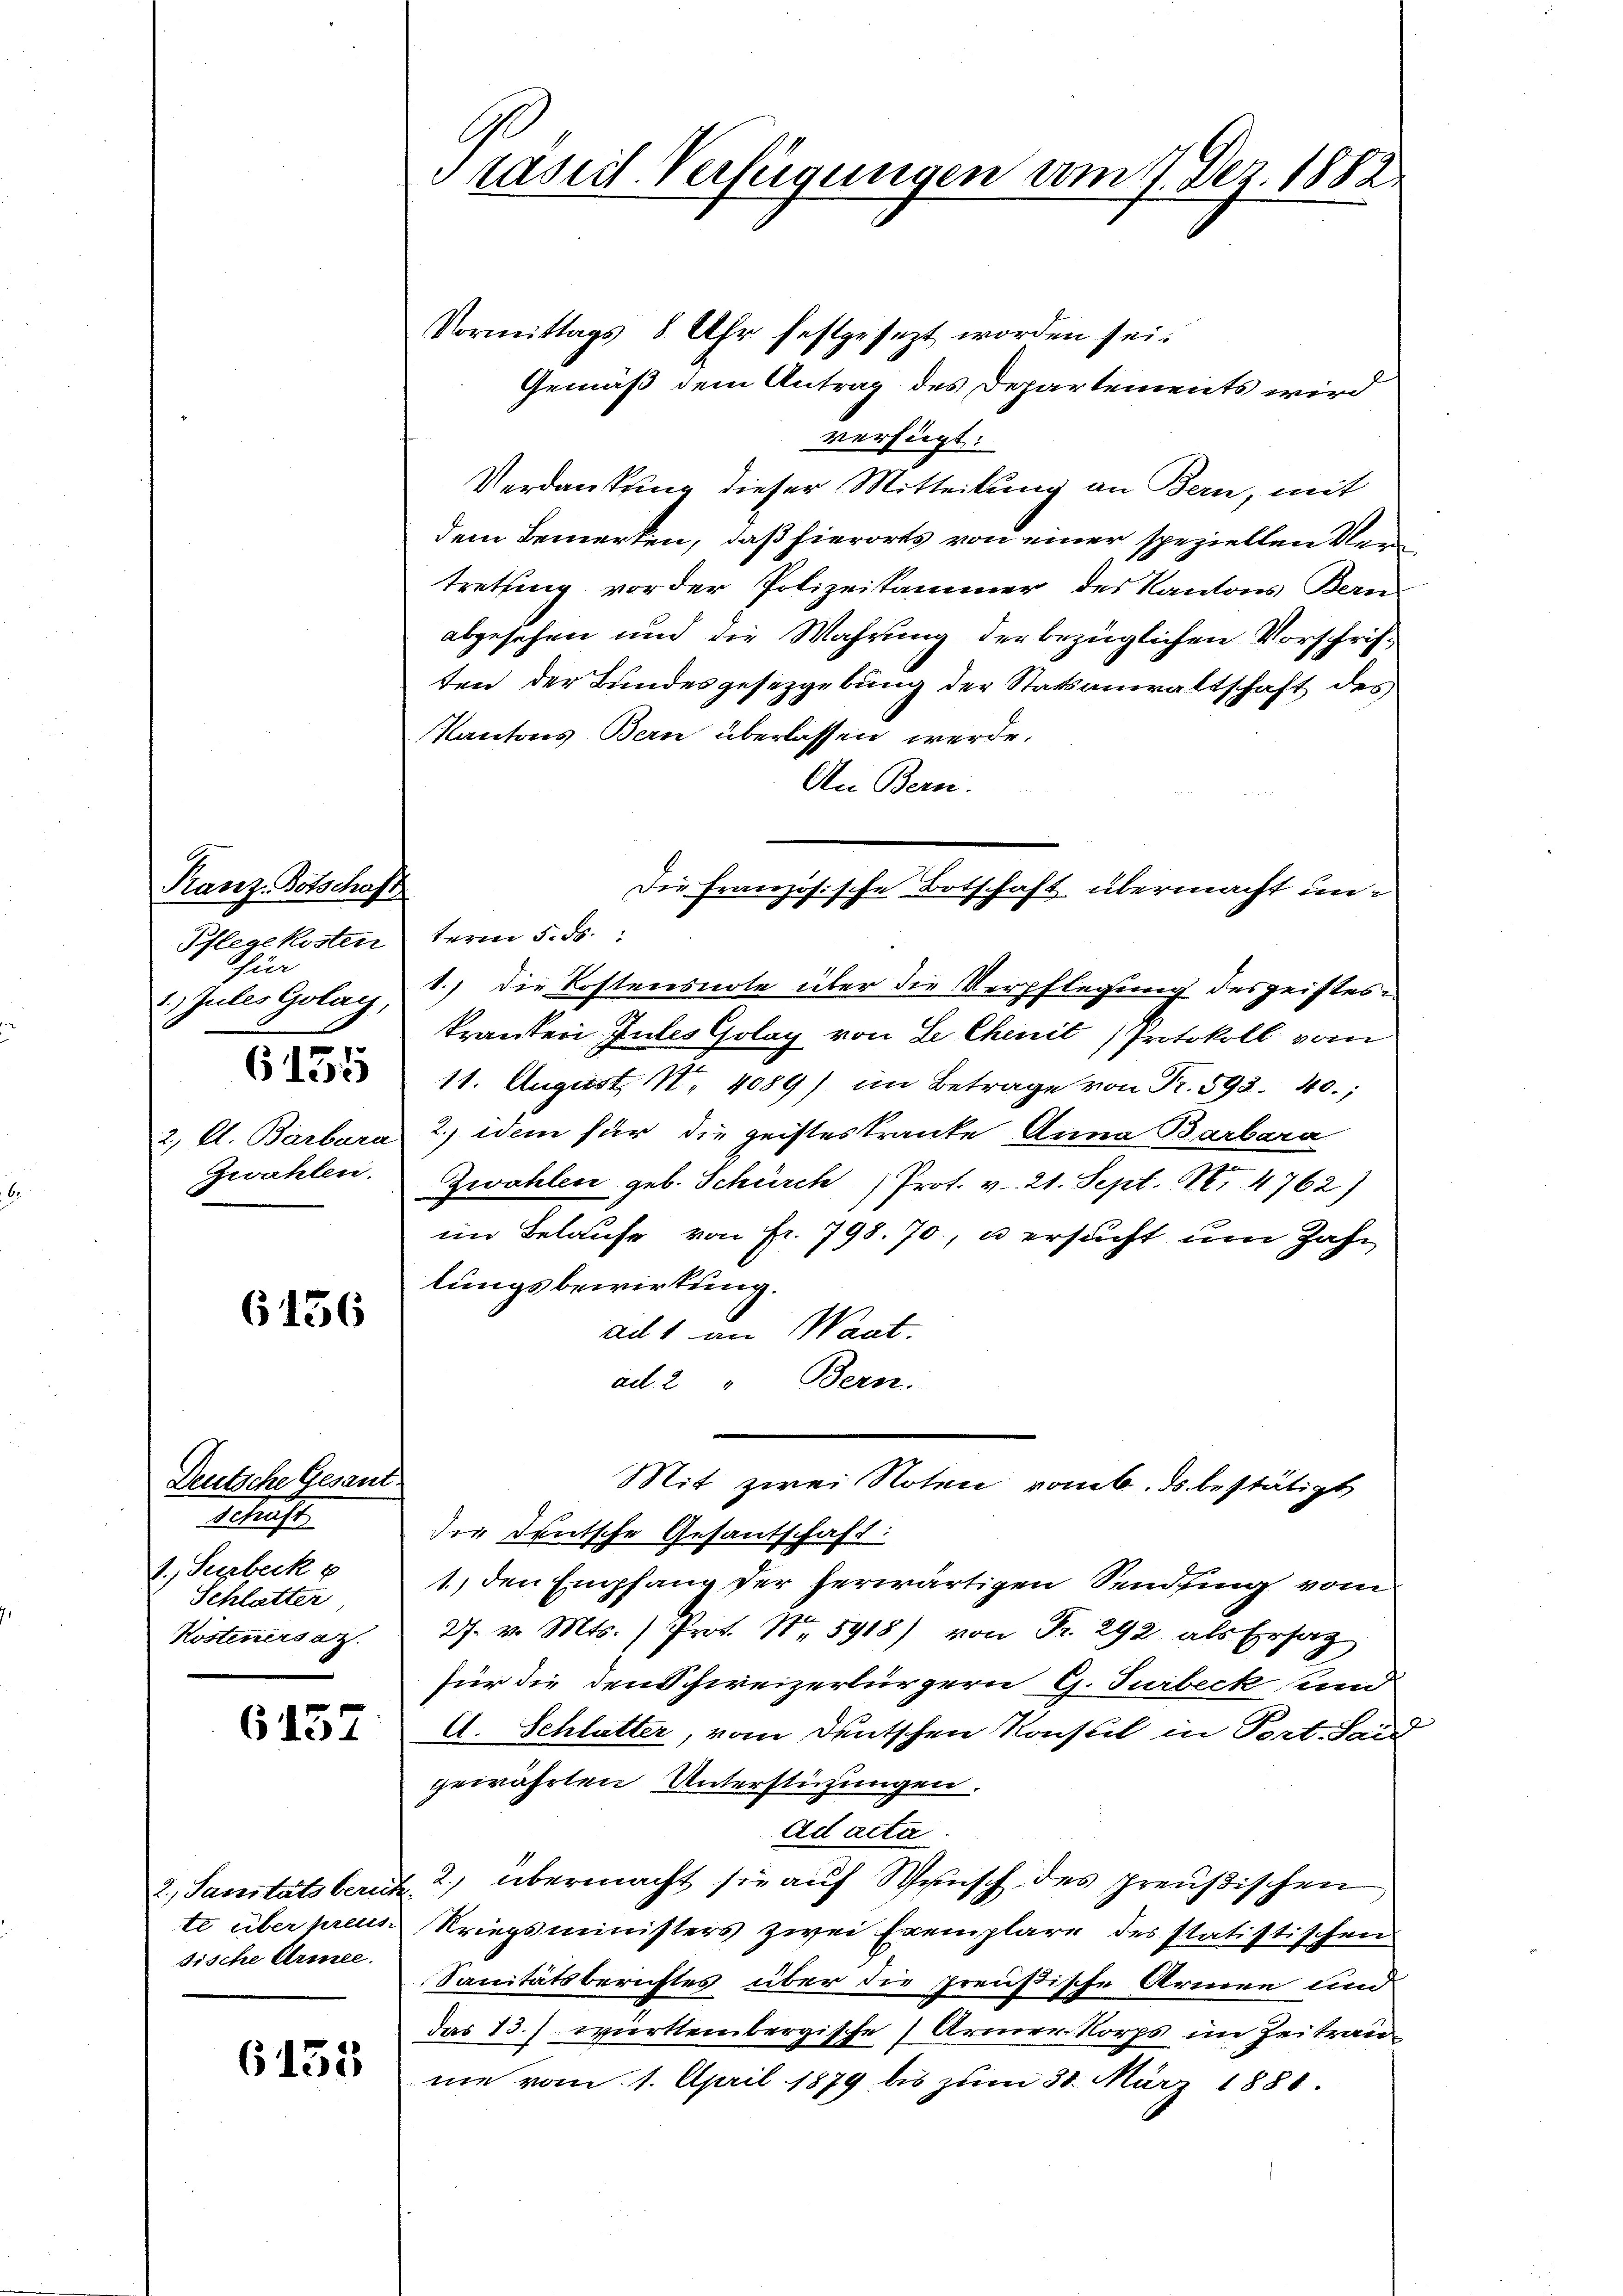
Ranz-Botschaft
Pflegekosten
für
1. Jules Golag,
6135
Zwahlen.

6156

Deutsche Gesant.
Schaft
1., Surbeck u
Schlatter
Kostenersat

6157

6155

sische Armee.

G
Präsiil-Verfügungen vom 7. Dez. 1882.

Vormittags 8 Uhr festgesezt worden sei.
Gemäß dem Antrag des Departements wird
verfügt:
Verdankung dieser Mitteilung an Bern, mit
dem Bemerken, daß hierorts von einer speziellen Vertretung vor der Polizeikammer des Kantons Bern
abgesehen und die Wahrung der bezüglichen Vorschriften der Bundesgesetzgebung der Statsanwaltschaft des
Kantons Bern überlassen werde.
An Bern.
term 5. ds.
1.) Die Kostensnote über die Verpflegung des geistes¬
Tranten Zules Golay von Le Chenit Protokoll vom
11. August. N. 4089) im Betrage von Fr. 593. 40.;
2, Al. Barbara 2) dem für die geisteskranke Anna Barbara
Zwahlen geb. Schürch Prot. v. 21. Sept. III 4762)
i Belaufe von Fr. 798. 70, u ersucht um Zahn
lungsbewirkung.
ad 1. an Waat.
ad 2 " Bern.
Mit zwei Noten vom 6. ds. bestätigt
die Deutsche Gesantschaft:
1.) den Empfang der herwärtigen Sendung vom
27. v. Mts. ) Prot. N. 5918) von Fr. 292 als Ersatz
für die den Schweizerbürgern G. Turbeck und
A. Schlutter, vom Deutschen Konstil in Port. Seid
gewährten Unterstützungen.
Ad acta.
2., Sanitätsberit 2.) übermacht sie auf Wunsch des preußischen
te über preus Kriegsministers zwei Exemplare des statistischen
Sanitätsberichtes über die Preußische Armen und
das 13.) württembergische Arnen Norps im Zeitraune vom 1. April 1879 bis zum 31. März 1881.

Die Französische Botschaft übermacht un¬